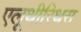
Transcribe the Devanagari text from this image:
एलूथीरिथस